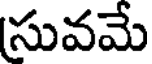
సువమే